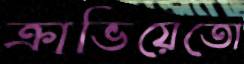
ক্রাভিয়েতো